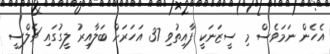
އެހެން ނަމަވެސް މި ސީޒަނަކީ ފާއިތުވި 37 އަހަރަށް ބަލާއިރު ލީގުގައި ޗެލްސީ